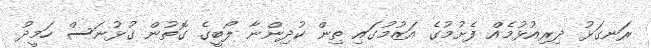
ރަނގަޅު ދިރިއުޅުމެއް ފެށުމުގެ އަޒުމުގައި ތިން ކުދިންނާ ލޯބީގެ ގޮތުން ގުޅުނަސް ހަމީދު